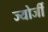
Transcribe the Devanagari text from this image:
ज्योर्जी